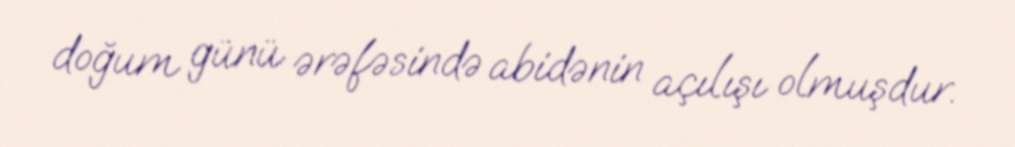
doğum günü ərəfəsində abidənin açılışı olmuşdur.